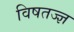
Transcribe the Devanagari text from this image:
विषतज्‍ज्ञ